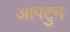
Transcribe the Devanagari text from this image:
आपटुन